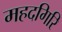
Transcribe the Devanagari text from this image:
महदगिरि